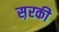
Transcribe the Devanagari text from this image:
स़रकी